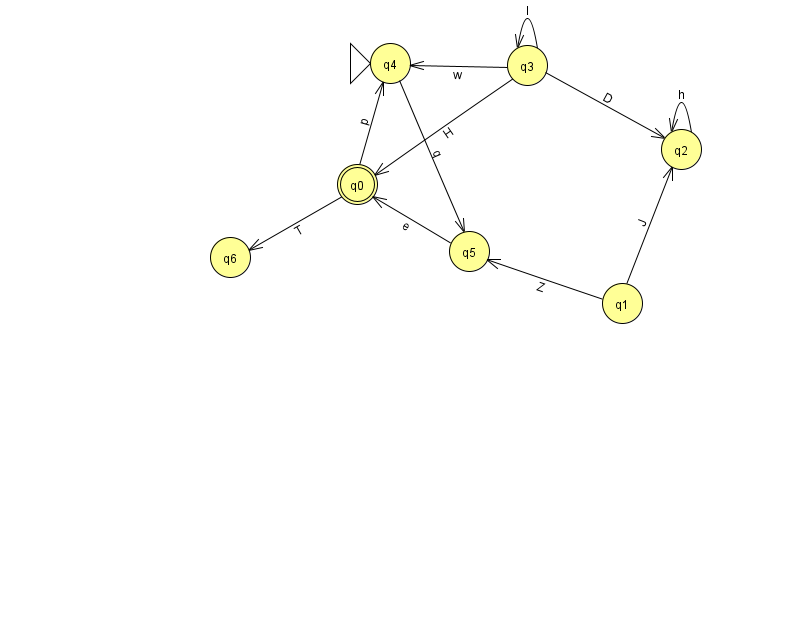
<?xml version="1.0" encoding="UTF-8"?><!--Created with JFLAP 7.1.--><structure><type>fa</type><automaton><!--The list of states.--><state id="0" name="q0"><x>357.0</x><y>171.0</y><final/></state><state id="1" name="q1"><x>622.0</x><y>290.0</y></state><state id="2" name="q2"><x>681.0</x><y>136.0</y></state><state id="3" name="q3"><x>527.0</x><y>52.0</y></state><state id="4" name="q4"><x>390.0</x><y>50.0</y><initial/></state><state id="5" name="q5"><x>469.0</x><y>238.0</y></state><state id="6" name="q6"><x>230.0</x><y>244.0</y></state><!--The list of transitions.--><transition><from>5</from><to>0</to><read>e</read></transition><transition><from>4</from><to>5</to><read>q</read></transition><transition><from>3</from><to>4</to><read>w</read></transition><transition><from>0</from><to>4</to><read>p</read></transition><transition><from>0</from><to>6</to><read>T</read></transition><transition><from>3</from><to>2</to><read>D</read></transition><transition><from>2</from><to>2</to><read>h</read></transition><transition><from>1</from><to>2</to><read>J</read></transition><transition><from>1</from><to>5</to><read>Z</read></transition><transition><from>3</from><to>3</to><read>l</read></transition><transition><from>3</from><to>0</to><read>H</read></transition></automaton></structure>